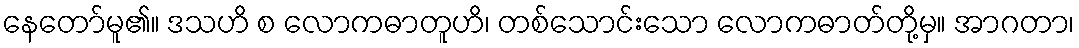
နေတော်မူ၏။ ဒသဟိ စ လောကဓာတူဟိ၊ တစ်သောင်းသော လောကဓာတ်တို့မှ။ အာဂတာ၊